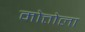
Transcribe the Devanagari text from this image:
मोत्तोला